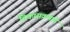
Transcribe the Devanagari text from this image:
विकासक्रमाने